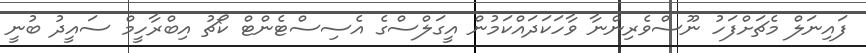
ފައިނަލް މެޗަށްފަހު ނޫސްވެރިންނާ ވާހަކަދައްކަމުން އީގަލްސްގެ އެސިސްޓެންޓް ކޯޗު އިބްރާހީމް ސައީދު ބުނީ